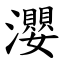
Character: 瀴